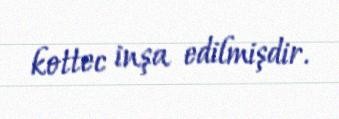
kottec inşa edilmişdir.